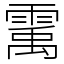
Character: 䨞